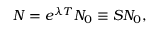
{ \cal N } = e ^ { \lambda T } { \cal N } _ { 0 } \equiv { \cal S } { \cal N } _ { 0 } ,